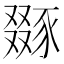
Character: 𧱝